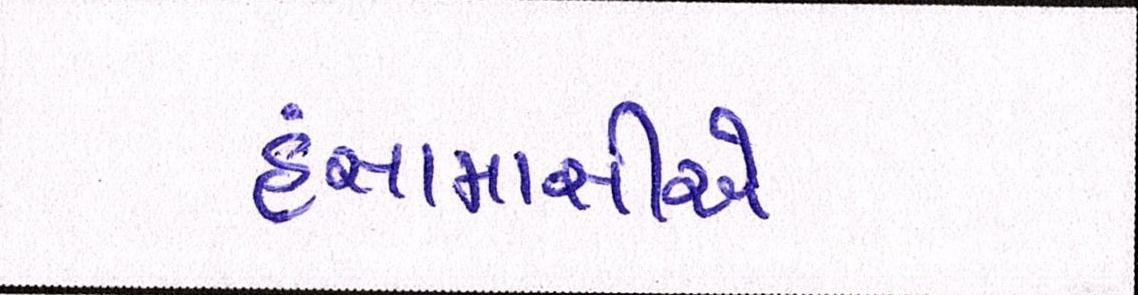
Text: હંસામાસીએ